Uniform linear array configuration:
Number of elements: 12
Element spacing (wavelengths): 0.5
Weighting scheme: binomial
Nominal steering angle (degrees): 15
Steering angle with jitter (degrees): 13.438
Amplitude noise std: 0.05
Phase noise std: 0.05

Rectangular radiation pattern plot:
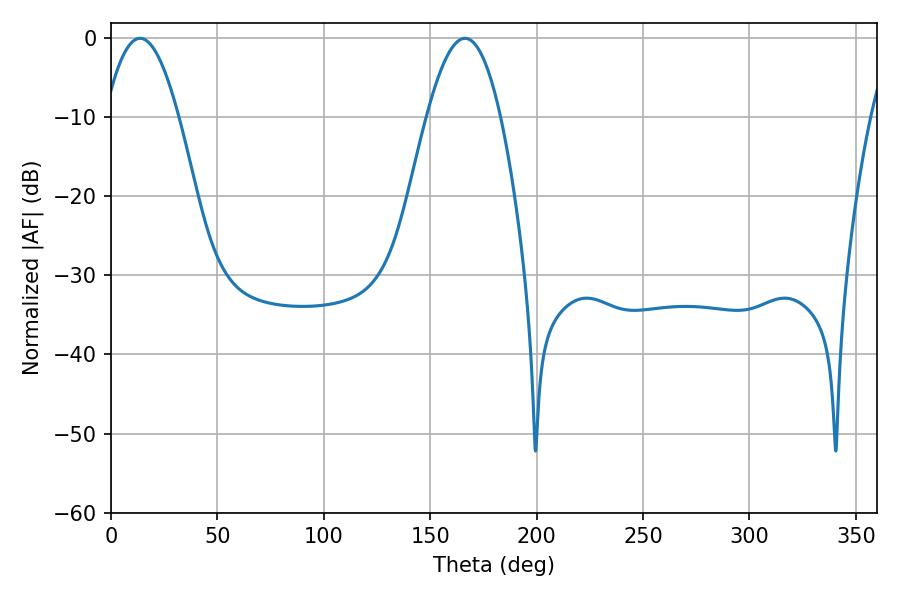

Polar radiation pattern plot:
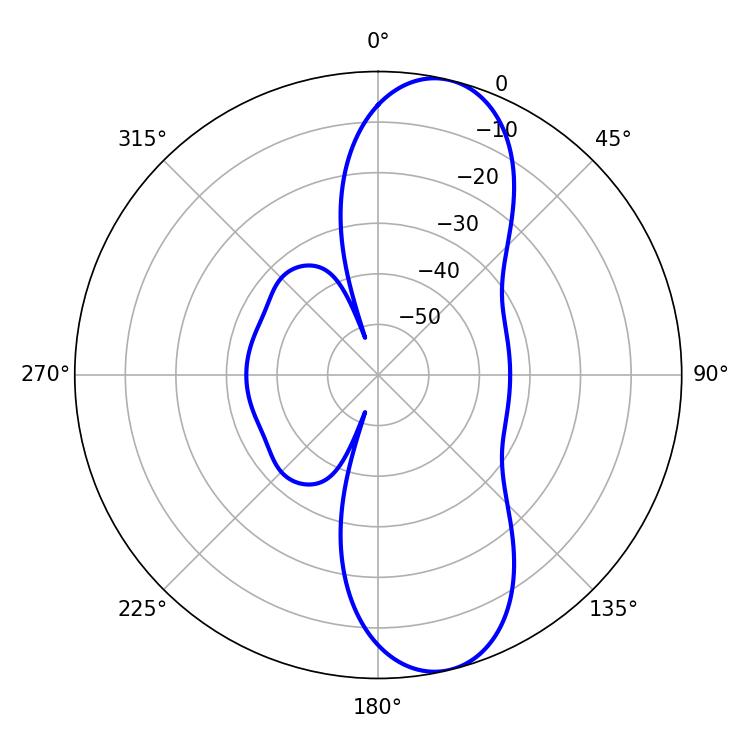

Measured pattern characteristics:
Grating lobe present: FALSE
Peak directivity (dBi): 10.625
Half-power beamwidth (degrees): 18.9
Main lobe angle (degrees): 13.68